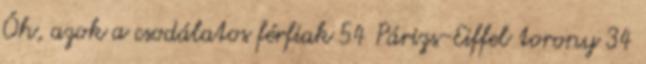
Óh, azok a csodálatos férfiak 54 Párizs-Eiffel torony 34